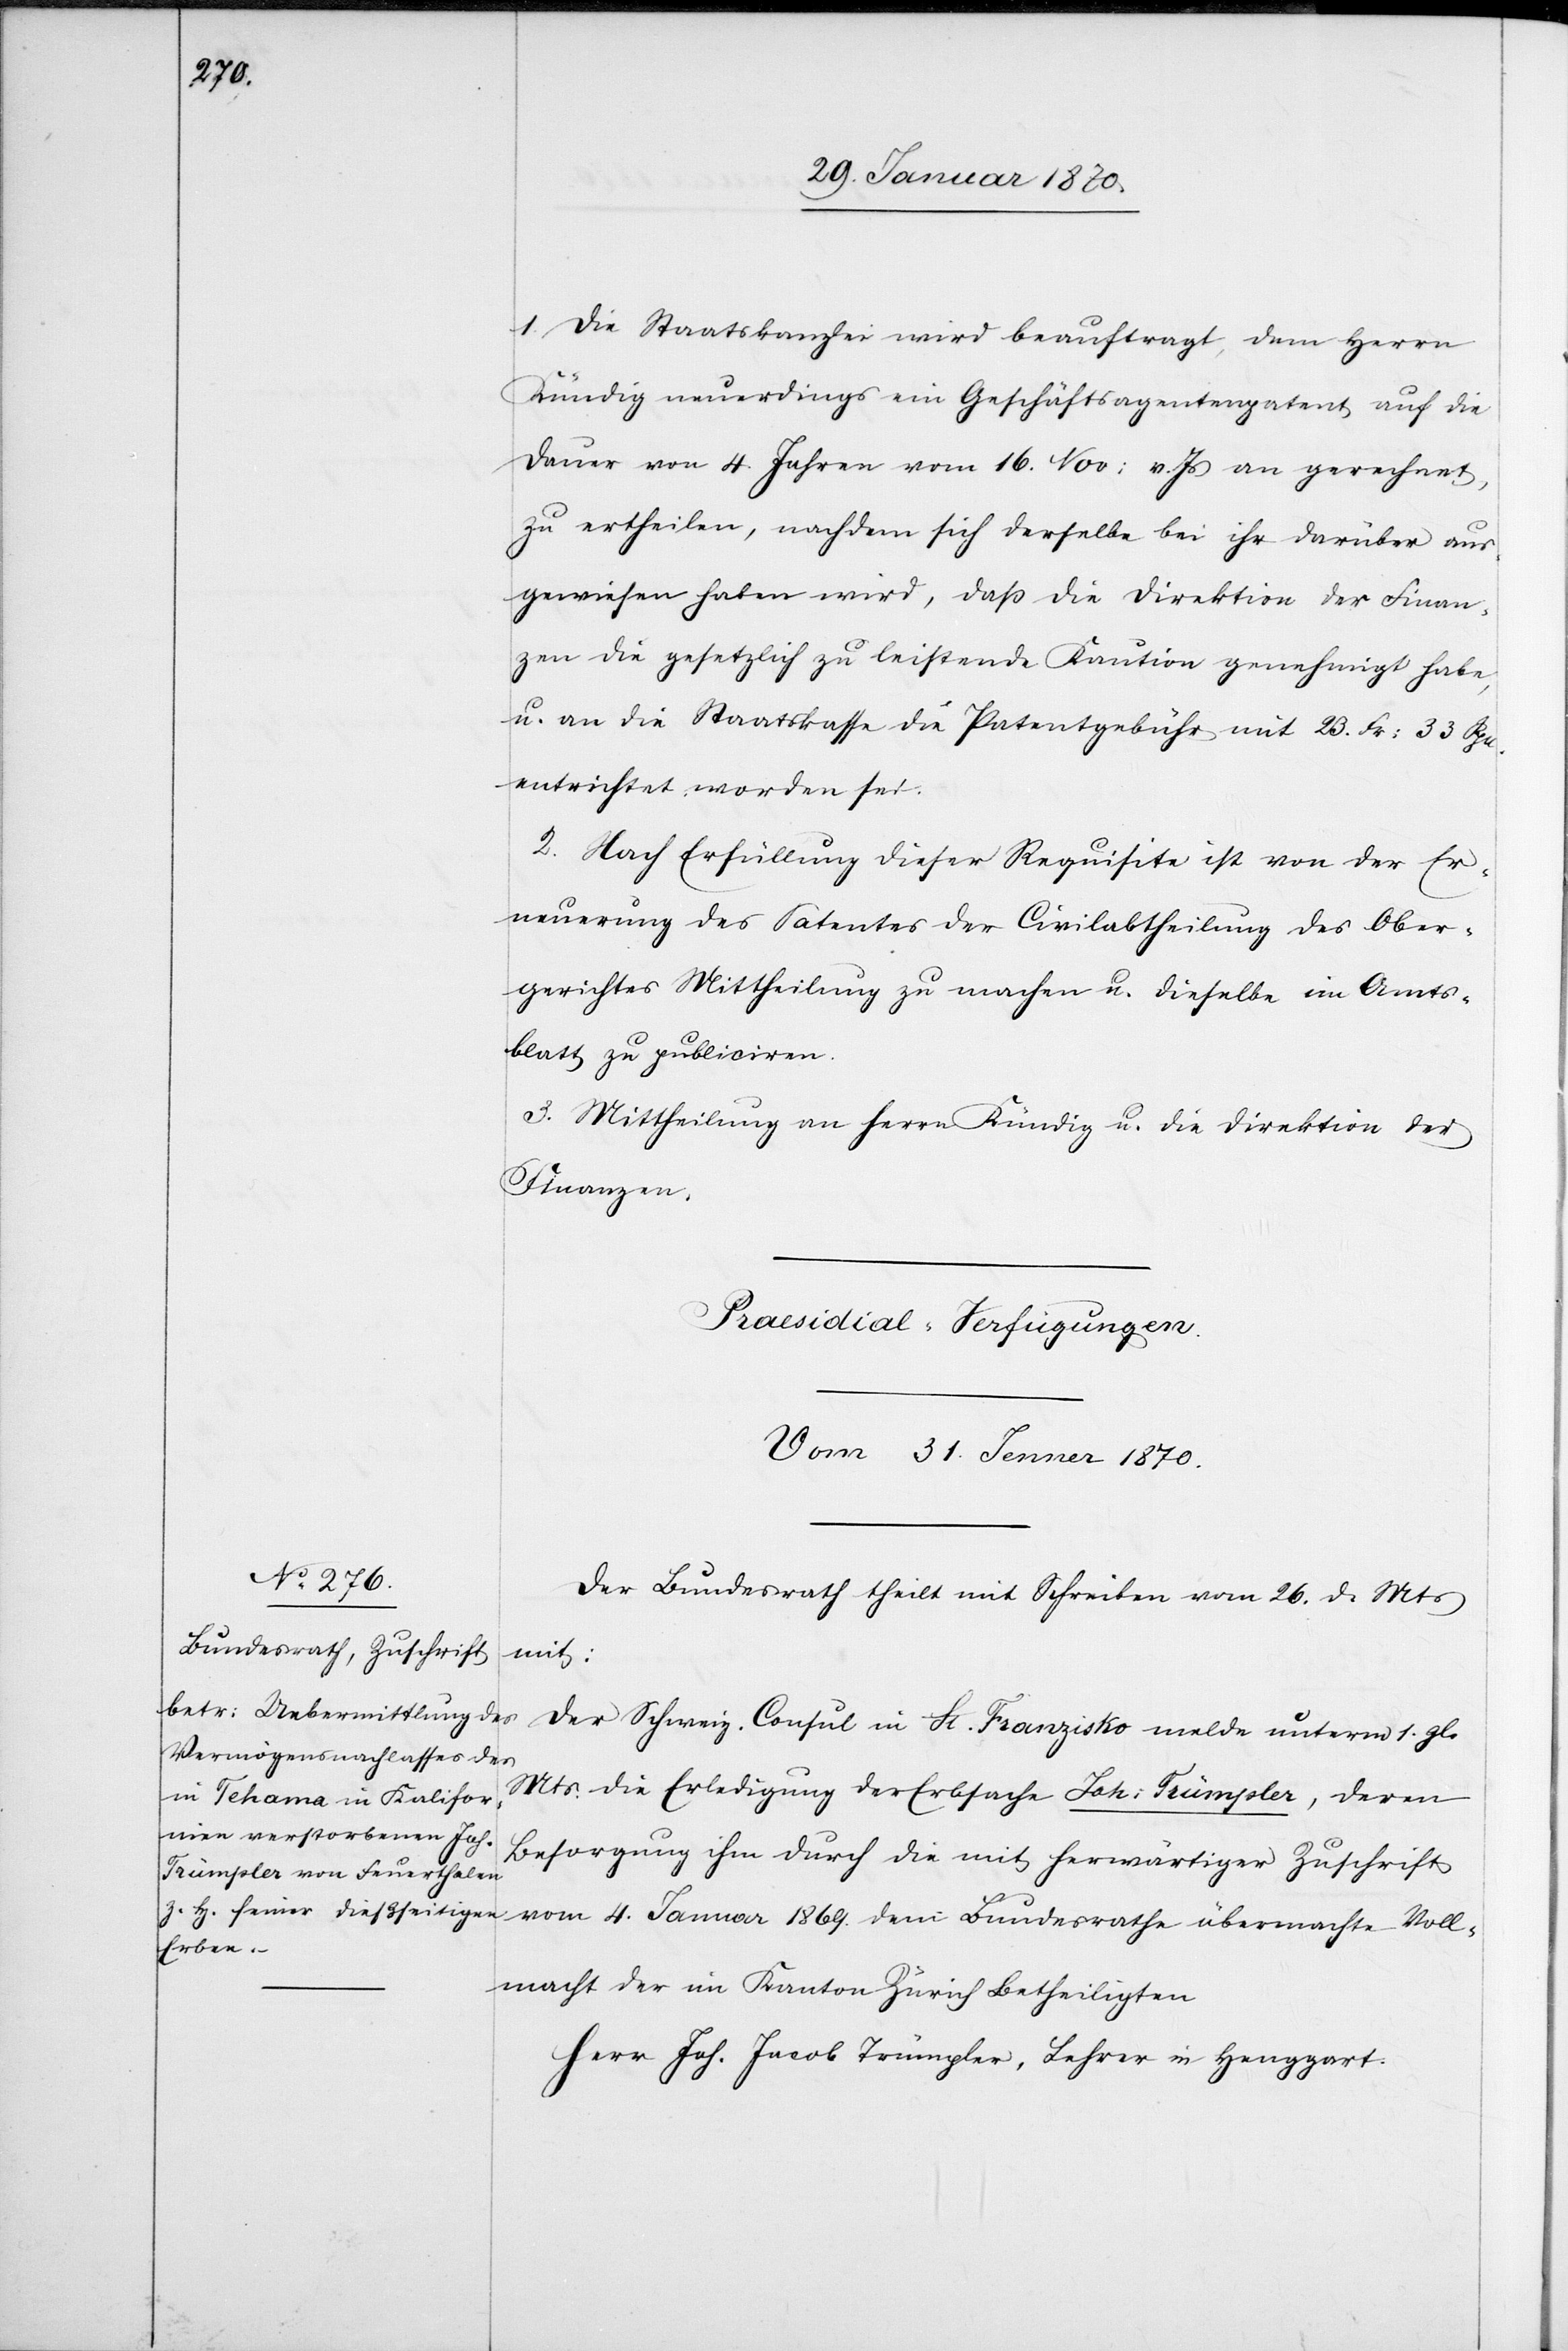
1. Die Staatskanzlei wird beauftragt, dem Herrn
Kündig neuerdings ein Geschäftsagentenpatent auf die
Dauer von 4 Jahren vom 16. Nov: v. Js an gerechnet
zu ertheilen, nachdem sich derselbe bei ihr darüber aus¬
gewiesen haben wird, daß die Direktion der Finan¬
zen die gesetzlich zu leistende Kaution genehmigt habe,
u. an die Staatskasse die Patentgebühr mit 23. Fr: 33 Rpn.
entrichtet worden sei.
2. Nach Erfüllung dieser Requisite ist von der Er¬
neuerung des Satentes [recte: Patentes] der Civilabtheilung des Ober¬
gerichtes Mittheilung zu machen u. dieselbe im Amts¬
blatt zu publiciren.
3. Mittheilung an Herrn Kündig u. die Direktion der
Finanzen.
Praesidial-Verfügungen.
Vom 31. Jenner 1870.
Der Bundesrath theilt mit Schreiben vom 26. d. Mts
mit:
Der Schweiz. Consul in St. Franzisko melde unterm 1. gl.
Mts. die Erledigung der Erbsache Joh: Trümpler, deren
Besorgung ihm durch die mit herwärtiger Zuschrift
vom 4. Januar 1869. dem Bundesrathe übermachte Voll¬
macht der im Kanton Zürich betheiligten
Herr Joh. Jacob Trümpler, Lehrer in Henggart.